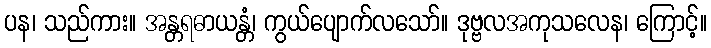
ပန၊ သည်ကား။ အန္တရဓာယန္တံ၊ ကွယ်ပျောက်လသော်။ ဒုဗ္ဗလအကုသလေန၊ ကြောင့်။